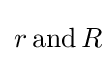
r\,{\text{and}}\,R\!